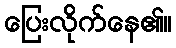
ပြေးလိုက်နေ၏။